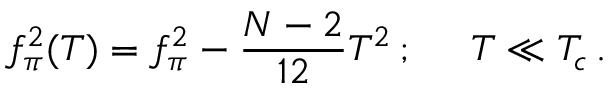
f _ { \pi } ^ { 2 } ( T ) = f _ { \pi } ^ { 2 } - { \frac { N - 2 } { 1 2 } } T ^ { 2 } \, ; \; \; \; \; \; T \ll T _ { c } \, .